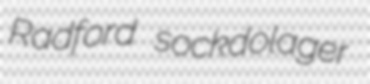
Radford sockdolager